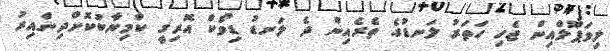
ލިވަޕޫލްއިން ޖެހި ހަތަރު ލަނޑުގެ ތެރެއިން ދެ ލަނޑު ޑިިވޯކް އޮރިގީ ކާމިޔާބުކޮށްދިންއިރު